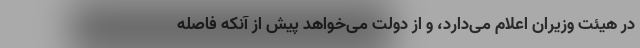
در هیئت وزیران اعلام می‌دارد، و از دولت می‌خواهد پیش از آنکه فاصله